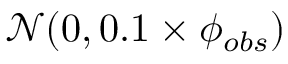
\mathcal { N } ( 0 , 0 . 1 \times \phi _ { o b s } )